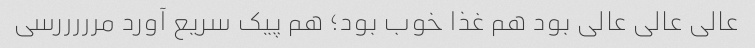
عالی عالی عالی بود هم غذا خوب بود؛ هم پیک سریع آورد مرررررسی